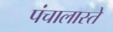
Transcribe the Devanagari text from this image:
पंचालास्ते